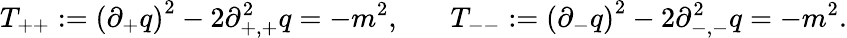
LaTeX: T_{++}:=\left(\partial_{+}q\right)^{2}-2\partial_{+,+}^{2}q=-m^{2},~~~~~~~T_{--}:=\left(\partial_{-}q\right)^{2}-2\partial_{-,-}^{2}q=-m^{2}.